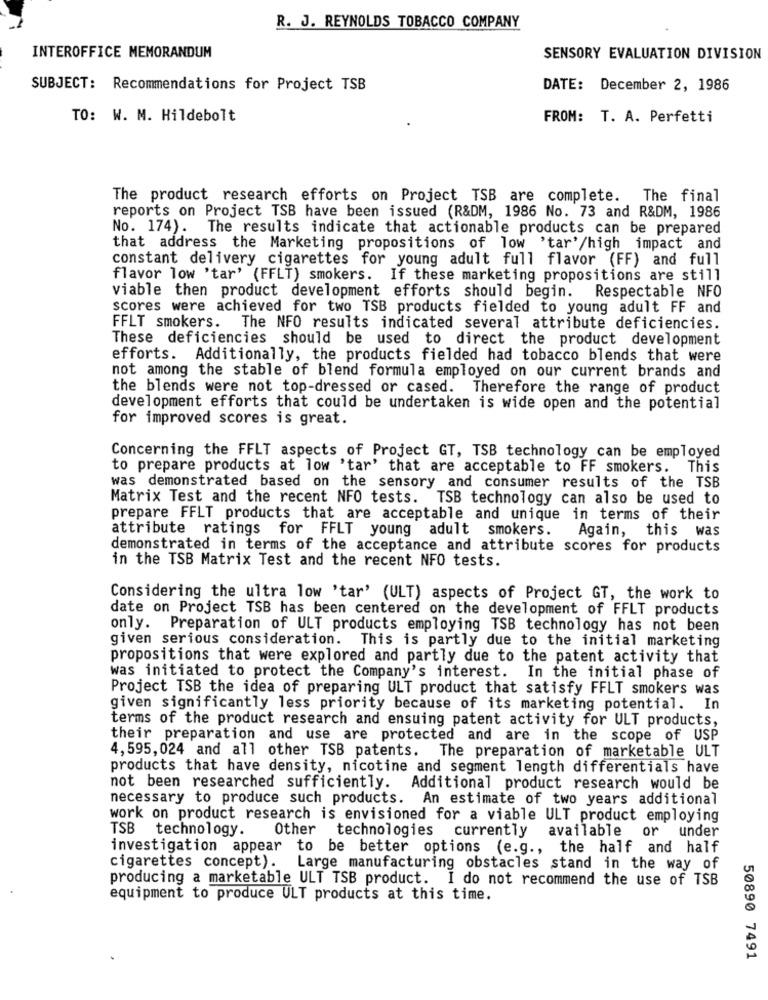
R. J. REYNOLDS TOBACCO COMPANY
INTEROFFICE MEMORANDUM
SENSORY EVALUATION DIVISION
SUBJECT: Recommendations for Project TSB
DATE: December 2, 1986
TO: W. M. Hildebolt
FROM: T. A. Perfetti
The product research efforts on Project TSB are complete.
The final
reports on Project TSB have been issued (R&DM, 1986 No. 73 and R&DM, 1986
No. 174).
The results indicate that actionable products can be prepared
that address the Marketing propositions of low 'tar'/high impact and
constant delivery cigarettes for young adult full flavor (FF) and full
flavor low 'tar' (FFLT) smokers. If these marketing propositions are still
viable then product development efforts should begin. Respectable NFO
scores were achieved for two TSB products fielded to young adult FF and
FFLT smokers. The NFO results indicated several attribute deficiencies.
These deficiencies should be used to direct the product development
efforts. Additionally, the products fielded had tobacco blends that were
not among the stable of blend formula employed on our current brands and
the blends were not top-dressed or cased. Therefore the range of product
development efforts that could be undertaken is wide open and the potential
for improved scores is great.
Concerning the FFLT aspects of Project GT, TSB technology can be employed
to prepare products at low 'tar' that are acceptable to FF smokers. This
was demonstrated based on the sensory and consumer results of the TSB
Matrix Test and the recent NFO tests. TSB technology can also be used to
prepare FFLT products that are acceptable and unique in terms of their
attribute ratings for FFLT young adult smokers.
Again, this was
demonstrated in terms of the acceptance and attribute scores for products
in the TSB Matrix Test and the recent NFO tests.
Considering the ultra low 'tar' (ULT) aspects of Project GT, the work to
date on Project TSB has been centered on the development of FFLT products
only. Preparation of ULT products employing TSB technology has not been
given serious consideration. This is partly due to the initial marketing
propositions that were explored and partly due to the patent activity that
was initiated to protect the Company's interest. In the initial phase of
Project TSB the idea of preparing ULT product that satisfy FFLT smokers was
given significantly less priority because of its marketing potential. In
terms of the product research and ensuing patent activity for ULT products,
their preparation and use are protected and are in the scope of USP
4, 595, 024 and all other TSB patents. The preparation of marketable ULT
products that have density, nicotine and segment length differentials have
not been researched sufficiently. Additional product research would be
necessary to produce such products. An estimate of two years additional
work on product research is envisioned for a viable ULT product employing
TSB technology. Other technologies currently
available or under
investigation appear
to be better options (e.g ., the half and half
cigarettes concept).
Large manufacturing obstacles stand in the way of
producing a marketable ULT TSB product. I do not recommend the use of TSB
equipment to produce ULT products at this time.
50890 7491